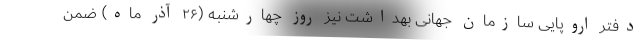
دفتر اروپایی سازمان جهانی بهداشت نیز روز چهارشنبه (۲۶ آذر ماه) ضمن